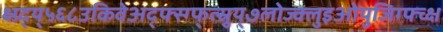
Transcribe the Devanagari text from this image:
क्ष्ग्र्द्य्५६८उकिवेअद्फ्स्ग्फ्त्स्र्रुय्७लोज्क्लुइओयुजिग्फ्च्क्ष